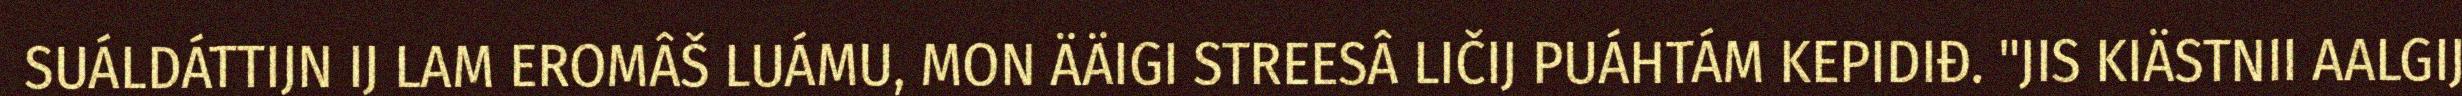
SUÁLDÁTTIJN IJ LAM EROMÂŠ LUÁMU, MON ÄÄIGI STREESÂ LIČIJ PUÁHTÁM KEPIDIĐ. "JIS KIÄSTNII AALGIJ